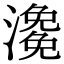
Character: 𤀧